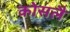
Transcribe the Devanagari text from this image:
कोसलै